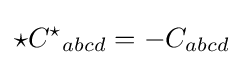
{{\star }C^{\star }}_{abcd}=-C_{abcd}